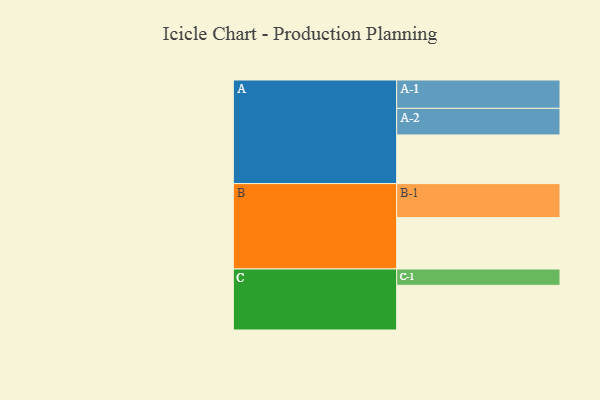
{"axis": {"x": "Segment", "y": "Value"}, "legend": ["", "A", "B", "C"], "data": [{"x": "A", "y": 393, "type": ""}, {"x": "B", "y": 415, "type": ""}, {"x": "C", "y": 361, "type": ""}, {"x": "A-1", "y": 229, "type": "A"}, {"x": "A-2", "y": 215, "type": "A"}, {"x": "B-1", "y": 275, "type": "B"}, {"x": "C-1", "y": 132, "type": "C"}]}